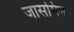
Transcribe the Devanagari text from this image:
जासमिन